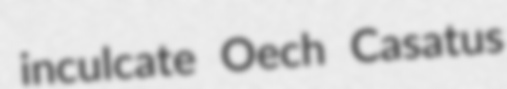
inculcate Oech Casatus